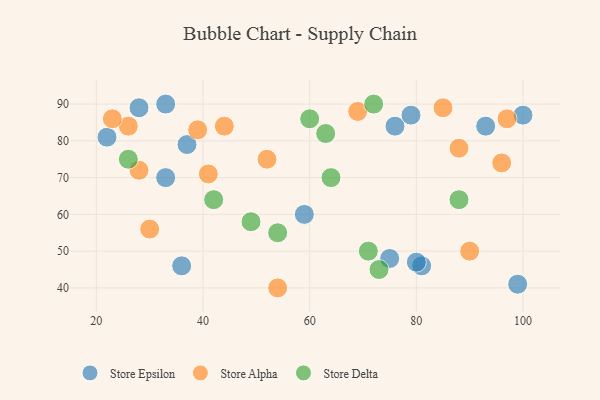
{"axis": {"x": "GDP", "y": "Life Expectancy"}, "legend": ["Store Alpha", "Store Delta", "Store Epsilon"], "data": [{"x": "100", "y": 87, "type": "Store Epsilon"}, {"x": "28", "y": 89, "type": "Store Epsilon"}, {"x": "76", "y": 84, "type": "Store Epsilon"}, {"x": "22", "y": 81, "type": "Store Epsilon"}, {"x": "99", "y": 41, "type": "Store Epsilon"}, {"x": "36", "y": 46, "type": "Store Epsilon"}, {"x": "79", "y": 87, "type": "Store Epsilon"}, {"x": "59", "y": 60, "type": "Store Epsilon"}, {"x": "33", "y": 70, "type": "Store Epsilon"}, {"x": "33", "y": 90, "type": "Store Epsilon"}, {"x": "93", "y": 84, "type": "Store Epsilon"}, {"x": "81", "y": 46, "type": "Store Epsilon"}, {"x": "80", "y": 47, "type": "Store Epsilon"}, {"x": "75", "y": 48, "type": "Store Epsilon"}, {"x": "37", "y": 79, "type": "Store Epsilon"}, {"x": "41", "y": 71, "type": "Store Alpha"}, {"x": "85", "y": 89, "type": "Store Alpha"}, {"x": "96", "y": 74, "type": "Store Alpha"}, {"x": "26", "y": 84, "type": "Store Alpha"}, {"x": "23", "y": 86, "type": "Store Alpha"}, {"x": "28", "y": 72, "type": "Store Alpha"}, {"x": "69", "y": 88, "type": "Store Alpha"}, {"x": "88", "y": 78, "type": "Store Alpha"}, {"x": "30", "y": 56, "type": "Store Alpha"}, {"x": "39", "y": 83, "type": "Store Alpha"}, {"x": "52", "y": 75, "type": "Store Alpha"}, {"x": "90", "y": 50, "type": "Store Alpha"}, {"x": "97", "y": 86, "type": "Store Alpha"}, {"x": "44", "y": 84, "type": "Store Alpha"}, {"x": "54", "y": 40, "type": "Store Alpha"}, {"x": "54", "y": 55, "type": "Store Delta"}, {"x": "26", "y": 75, "type": "Store Delta"}, {"x": "49", "y": 58, "type": "Store Delta"}, {"x": "73", "y": 45, "type": "Store Delta"}, {"x": "63", "y": 82, "type": "Store Delta"}, {"x": "42", "y": 64, "type": "Store Delta"}, {"x": "72", "y": 90, "type": "Store Delta"}, {"x": "71", "y": 50, "type": "Store Delta"}, {"x": "64", "y": 70, "type": "Store Delta"}, {"x": "88", "y": 64, "type": "Store Delta"}, {"x": "60", "y": 86, "type": "Store Delta"}]}